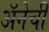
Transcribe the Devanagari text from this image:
अॅनेची